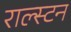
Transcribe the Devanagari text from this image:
राल्स्टन